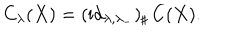
C _ { \lambda } ( X ) = ( \mathrm { i d } _ { \lambda , \lambda _ { - } } ) _ { \sharp } \, C ( X ) .